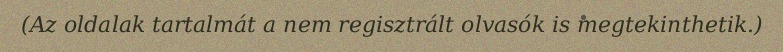
(Az oldalak tartalmát a nem regisztrált olvasók is megtekinthetik.)